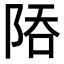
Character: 𨹙